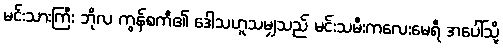
မင်းသားကြီး ဘိုလ ကွန်စကီ၏ ဒေါသဟူသမျှသည် မင်းသမီးကလေးမေရီ အပေါ်သို့